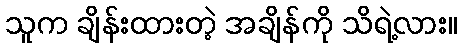
သူက ချိန်းထားတဲ့ အချိန်ကို သိရဲ့လား။